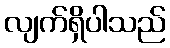
လျက်ရှိပါသည်